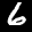
Label: 6